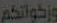
وزكواتكم